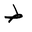
Letter: _da